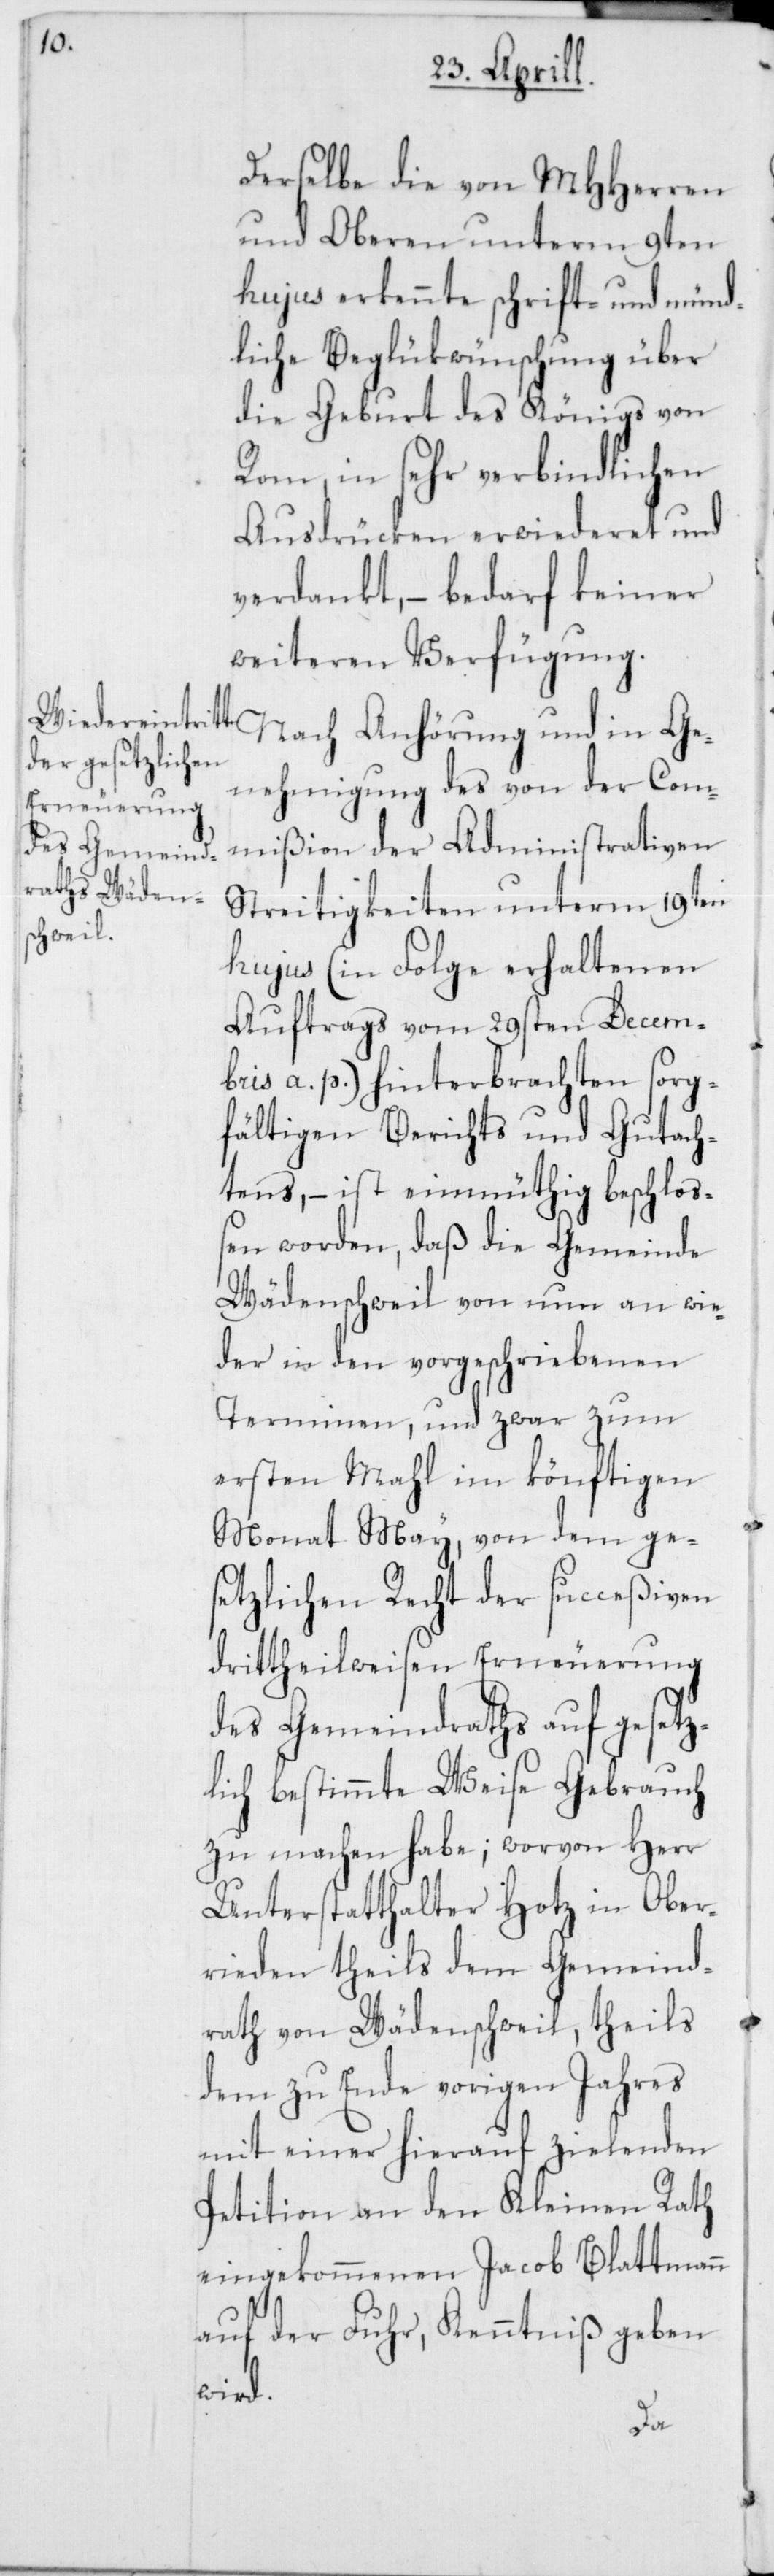
derselbe die von MHHerren
und Oberen unterm 9ten
hujus erkennte schrift- und münd¬
liche Beglükwünschung über
die Geburt des Königs von
Rom, in sehr verbindlichen
Ausdrücken erwiederet und
verdankt, – bedarf keiner
weiteren Verfügung.
Nach Anhörung und in Ge¬
nehmigung des von der Com¬
mißion der Administrativen
Streitigkeiten unterm 19ten
hujus (in Folge erhaltenen
Auftrags vom 29sten Decem¬
bris a. p.) hinterbrachten sorg¬
fältigen Berichts und Gutach¬
tens, – ist einmüthig beschloß¬
en worden, daß die Gemeinde
Wädenschweil von nun an wie¬
der in den vorgeschriebenen
Terminen, und zwar zum
ersten Mahl im könftigen
Monat May, von dem ges¬
etzlichen Recht der succeßiven
drittheilweisen Erneuerung
des Gemeindraths auf gesetz¬
lich bestimmte Weise Gebrauch
zu machen habe; worvon Herr
Unterstatthalter Hotz in Ober¬
rieden theils dem Gemeind¬
rath von Wädenschweil, theils
dem zu Ende vorigen Jahres
mit einer hierauf zielenden
Petition an den Kleinen Rath
eingekommenen Jacob Blattmann
auf der Fuhr, Kenntniß geben
wird.